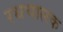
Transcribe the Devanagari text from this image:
रथचालक